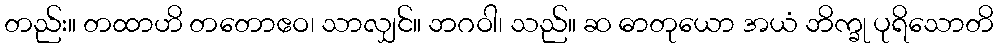
တည်း။ တထာဟိ တတောဧဝ၊ သာလျှင်။ ဘဂဝါ၊ သည်။ ဆ ဓာတုယော အယံ ဘိက္ခု ပုရိသောတိ